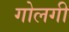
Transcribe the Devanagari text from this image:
गोलगी